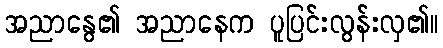
အညာနွေ၏ အညာနေက ပူပြင်းလွန်းလှ၏။